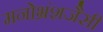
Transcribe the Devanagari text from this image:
मनोभ्रंशजैसी